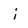
Character: i